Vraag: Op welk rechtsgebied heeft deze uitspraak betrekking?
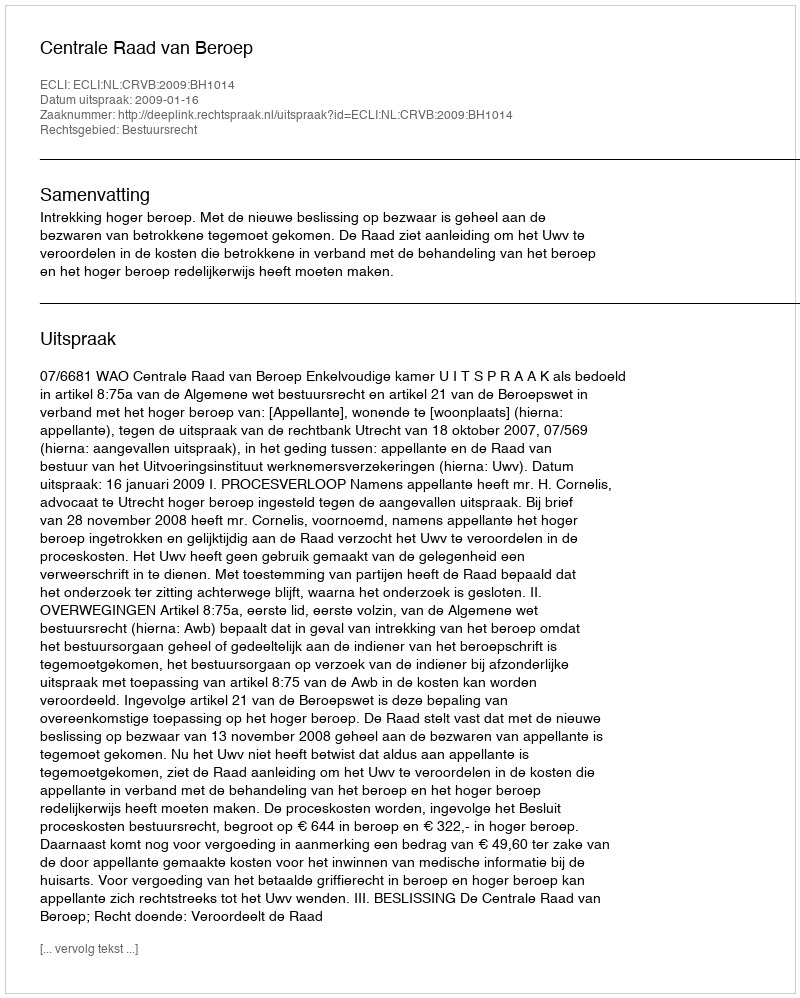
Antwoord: Bestuursrecht